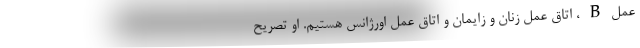
عمل B ، اتاق عمل زنان و زايمان و اتاق عمل اورژانس هستيم. او تصريح